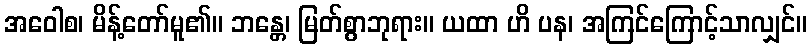
အဝေါစ၊ မိန့်တော်မူ၏။ ဘန္တေ၊ မြတ်စွာဘုရား။ ယထာ ဟိ ပန၊ အကြင်ကြောင့်သာလျှင်။